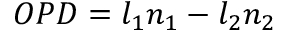
O P D = l _ { 1 } n _ { 1 } - l _ { 2 } n _ { 2 }